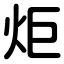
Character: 炬